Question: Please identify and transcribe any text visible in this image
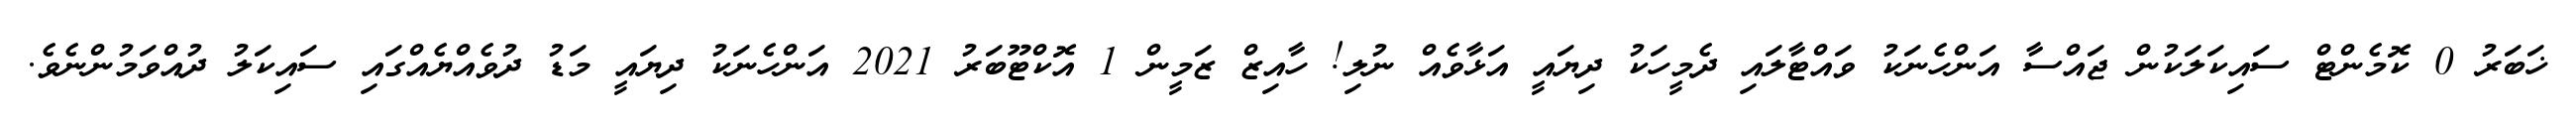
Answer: ޚަބަރު 0 ކޮމެންޓް ސައިކަލަކުން ޖައްސާ އަންހެނަކު ވައްޓާލައި ދެމީހަކު ދިޔައީ އަޅާވެއް ނުލި! ހާއިޒް ޒަމީން 1 އޮކްޓޫބަރު 2021 އަންހެނަކު ދިޔައީ މަޑު ދުވެއްޔެއްގައި ސައިކަލު ދުއްވަމުންނެވެ.